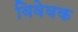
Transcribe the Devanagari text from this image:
विवेवक